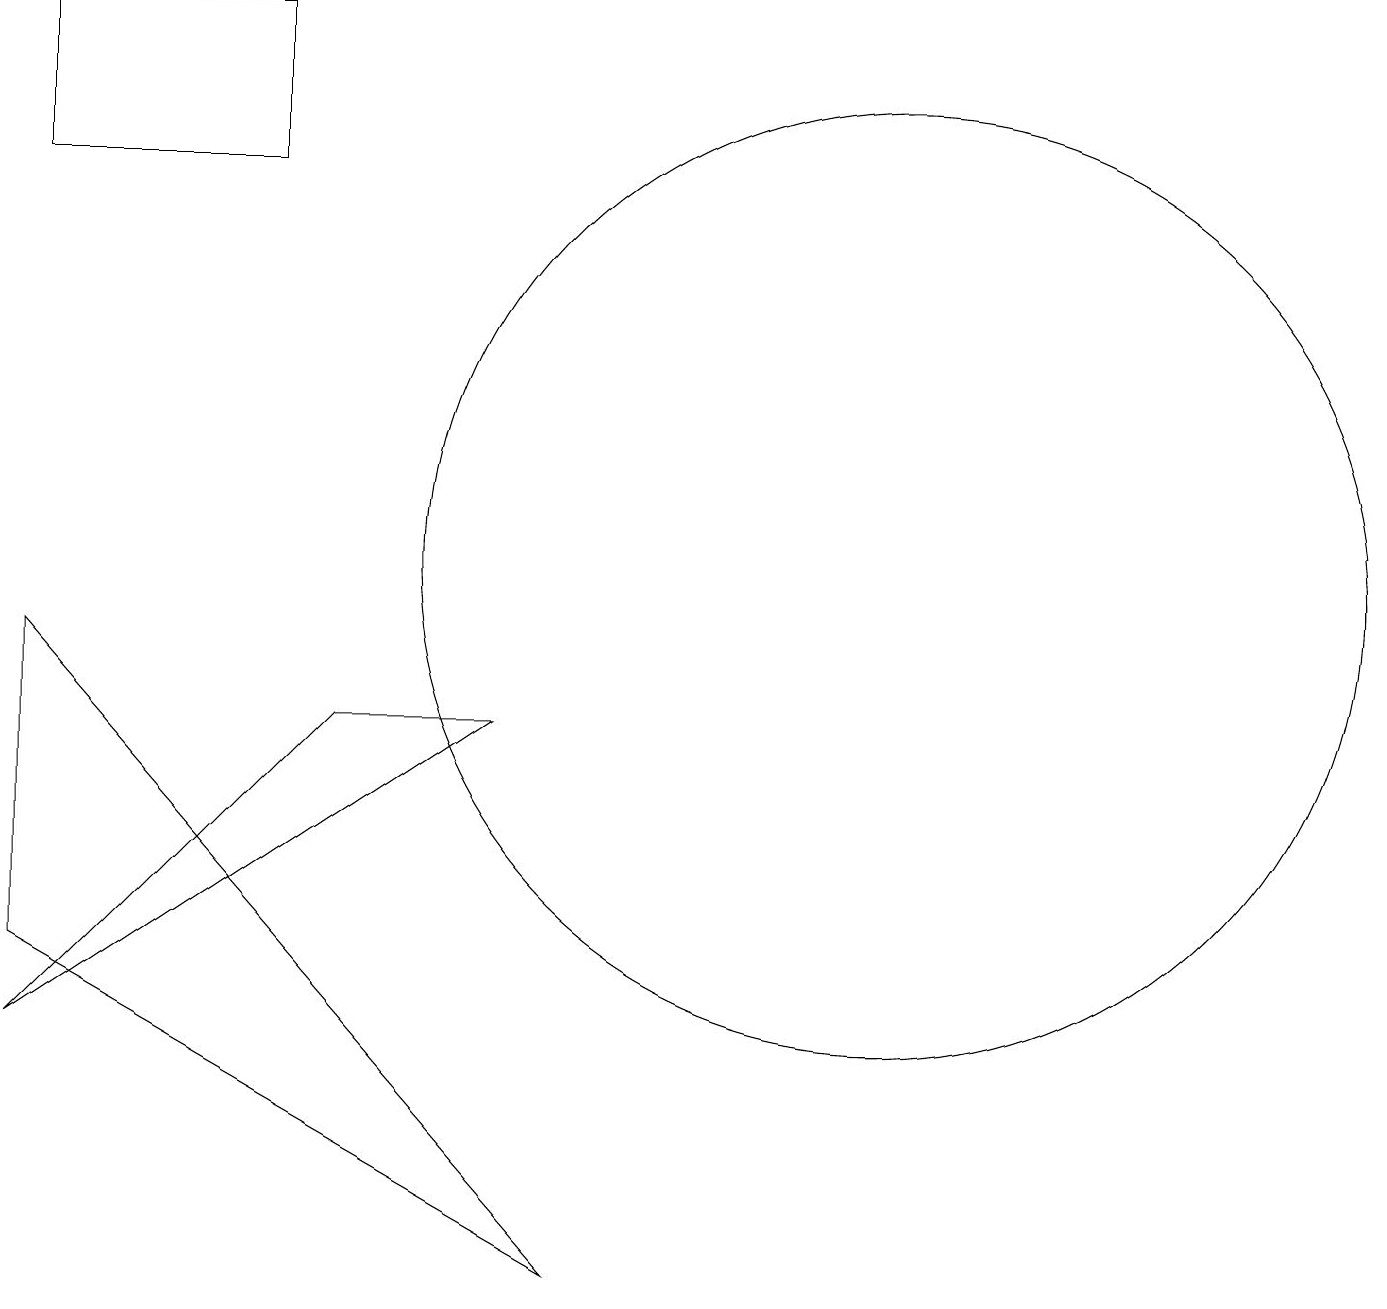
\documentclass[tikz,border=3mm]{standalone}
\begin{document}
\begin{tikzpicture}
\draw (0,4) -- (6,8) -- (4,8) -- cycle;
\draw (11,10) circle (6);
\draw (0,9) -- (0,5) -- (7,1) -- cycle;
\draw (0,15) rectangle (3,17);
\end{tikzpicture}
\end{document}